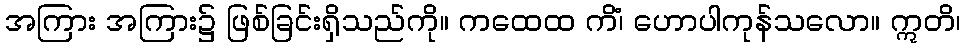
အကြား အကြား၌ ဖြစ်ခြင်းရှိသည်ကို။ ကထေထ ကိံ၊ ဟောပါကုန်သလော။ ဣတိ၊